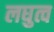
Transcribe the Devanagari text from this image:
लघुत्व